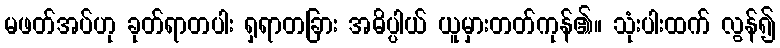
မဖတ်အပ်ဟု ခုတ်ရာတပါး ရှရာတခြား အဓိပ္ပါယ် ယူမှားတတ်ကုန်၏။ သုံးပါးထက် လွန်၍